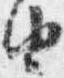
由